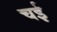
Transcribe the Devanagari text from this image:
चई